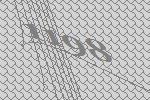
1198